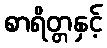
စာရိတ္တနှင့်